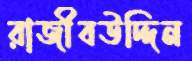
রাজীবউদ্দিন